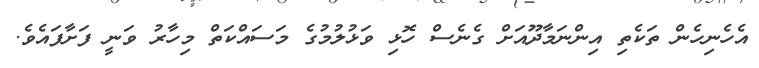
އެހެނިހެން ތަކެތި އިންނަމާދޫއަށް ގެނެސް ހޮޅި ވަޅުލުމުގެ މަސައްކަތް މިހާރު ވަނީ ފަށާފައެވެ.